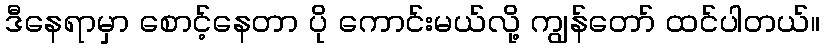
ဒီနေရာမှာ စောင့်နေတာ ပို ကောင်းမယ်လို့ ကျွန်တော် ထင်ပါတယ်။